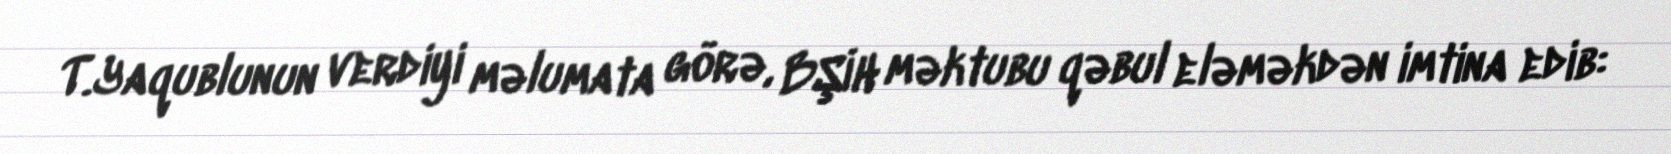
T.Yaqublunun verdiyi məlumata görə, BŞİH məktubu qəbul eləməkdən imtina edib: